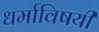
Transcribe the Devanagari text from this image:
धर्माविषयी